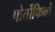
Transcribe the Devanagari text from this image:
पोर्तोफिनो